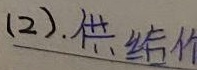
(2). 供给价